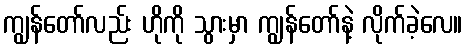
ကျွန်တော်လည်း ဟိုကို သွားမှာ ကျွန်တော်နဲ့ လိုက်ခဲ့လေ။